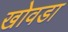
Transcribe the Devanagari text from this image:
खोवडा